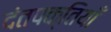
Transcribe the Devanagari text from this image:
दंतपक्तियाँ